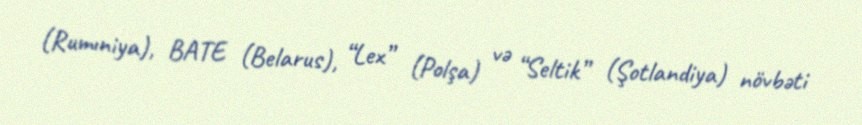
(Rumıniya), BATE (Belarus), “Lex” (Polşa) və “Seltik” (Şotlandiya) növbəti